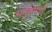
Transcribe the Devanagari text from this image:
अनुषमगों